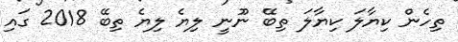
ތިހެން ކިޔާލަ ކިޔާލަ ތިބޭ ނޫނީ ލިޔެ ލިޔެ ތިބޭ 2018 ގައި